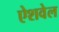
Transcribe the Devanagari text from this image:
ऐशवेल